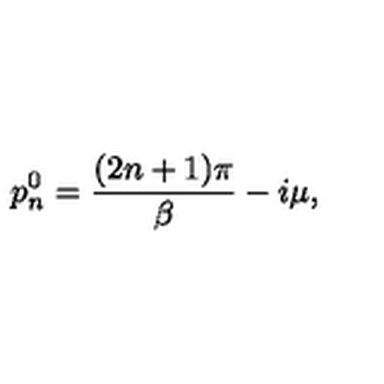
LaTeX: p _ { n } ^ { 0 } = \frac { ( 2 n + 1 ) \pi } { \beta } - i \mu ,